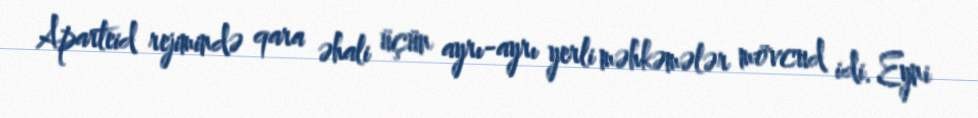
Aparteid rejimində qara əhali üçün ayrı-ayrı yerli məhkəmələr mövcud idi. Eyni